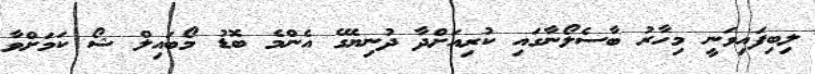
ލިބިފައިވަނީ މިހާރު ބާސެލޯނާގައި ކުރިއަށްދާ ދުނިޔޭގެ އެންމެ ބޮޑު މޯބައިލް ޝޯ ކަމަށްވާ